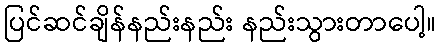
ပြင်ဆင်ချိန်နည်းနည်း နည်းသွားတာပေါ့။